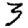
Digit: 3